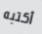
أكتبه